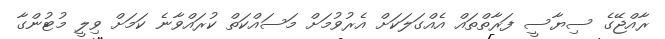
ރާއްޖޭގެ ސިޔާސީ ފަރާތްތައް އެއްގަލަކަށް އެރުވުމަށް މަސައްކަތް ކުރައްވާނެ ކަމަށް ވިލީ މުޓުންގާ